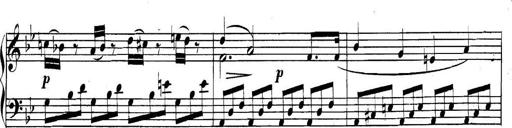
Title: Collected Piano Sonatas
Composer: Muzio Clementi